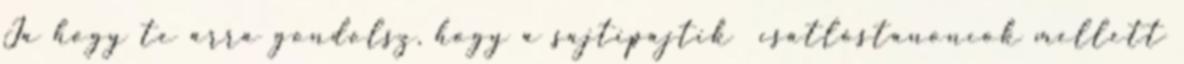
Ja hogy te arra gondolsz, hogy a sajtipajtik csatlóstanoncok mellett